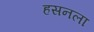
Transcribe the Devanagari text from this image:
हसनला